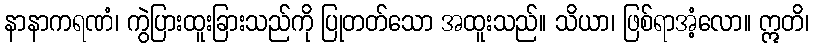
နာနာကရဏံ၊ ကွဲပြားထူးခြားသည်ကို ပြုတတ်သော အထူးသည်။ သိယာ၊ ဖြစ်ရာအံ့လော။ ဣတိ၊